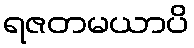
ရဇတမယာပိ